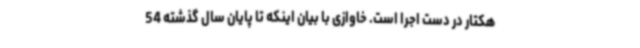
هکتار در دست اجرا است. خاوازی با بیان اینکه تا پایان سال گذشته 54